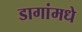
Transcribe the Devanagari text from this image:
डागांमधे